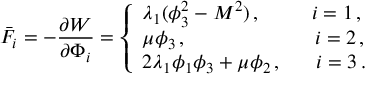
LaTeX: \bar { F } _ { i } = - \frac { \partial { \cal W } } { \partial \Phi _ { i } } = \left\{ \begin{array} { l } { { \lambda _ { 1 } ( \phi _ { 3 } ^ { 2 } - M ^ { 2 } ) \, , \, \, \, ~ ~ ~ ~ ~ ~ i = 1 \, , } } \\ { { \mu \phi _ { 3 } \, , \qquad ~ ~ ~ ~ ~ ~ ~ ~ ~ ~ ~ ~ ~ i = 2 \, , } } \\ { { 2 \lambda _ { 1 } \phi _ { 1 } \phi _ { 3 } + \mu \phi _ { 2 } \, , \, \, \, \, ~ ~ ~ i = 3 \, . } } \end{array} \right.